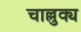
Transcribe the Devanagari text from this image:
चाल्लुक्य